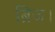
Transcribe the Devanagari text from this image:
ब्रिज।